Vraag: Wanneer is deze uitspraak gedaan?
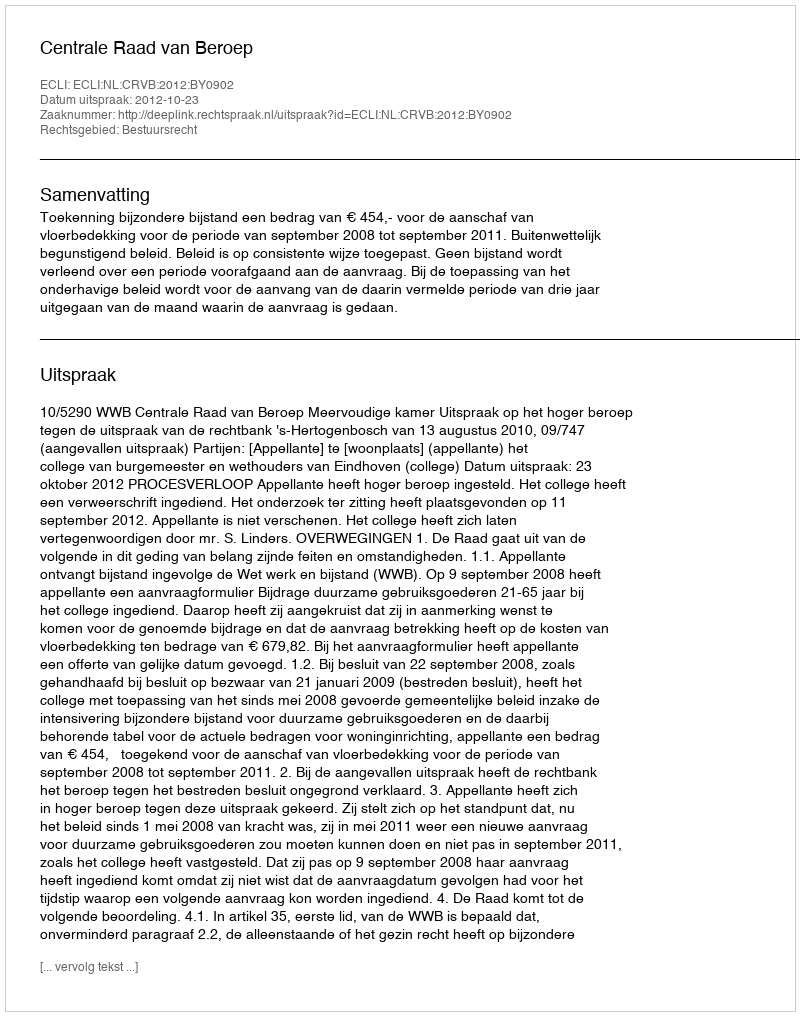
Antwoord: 2012-10-23